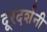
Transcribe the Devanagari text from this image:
दूरदर्शनी